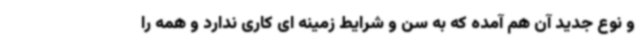
و نوع جدید آن هم آمده که به سن و شرایط زمینه ای کاری ندارد و همه را